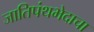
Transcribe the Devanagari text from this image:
जातिपंथभेदाचा